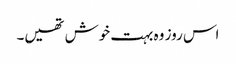
اس روز وہ بہت خوش تھیں۔